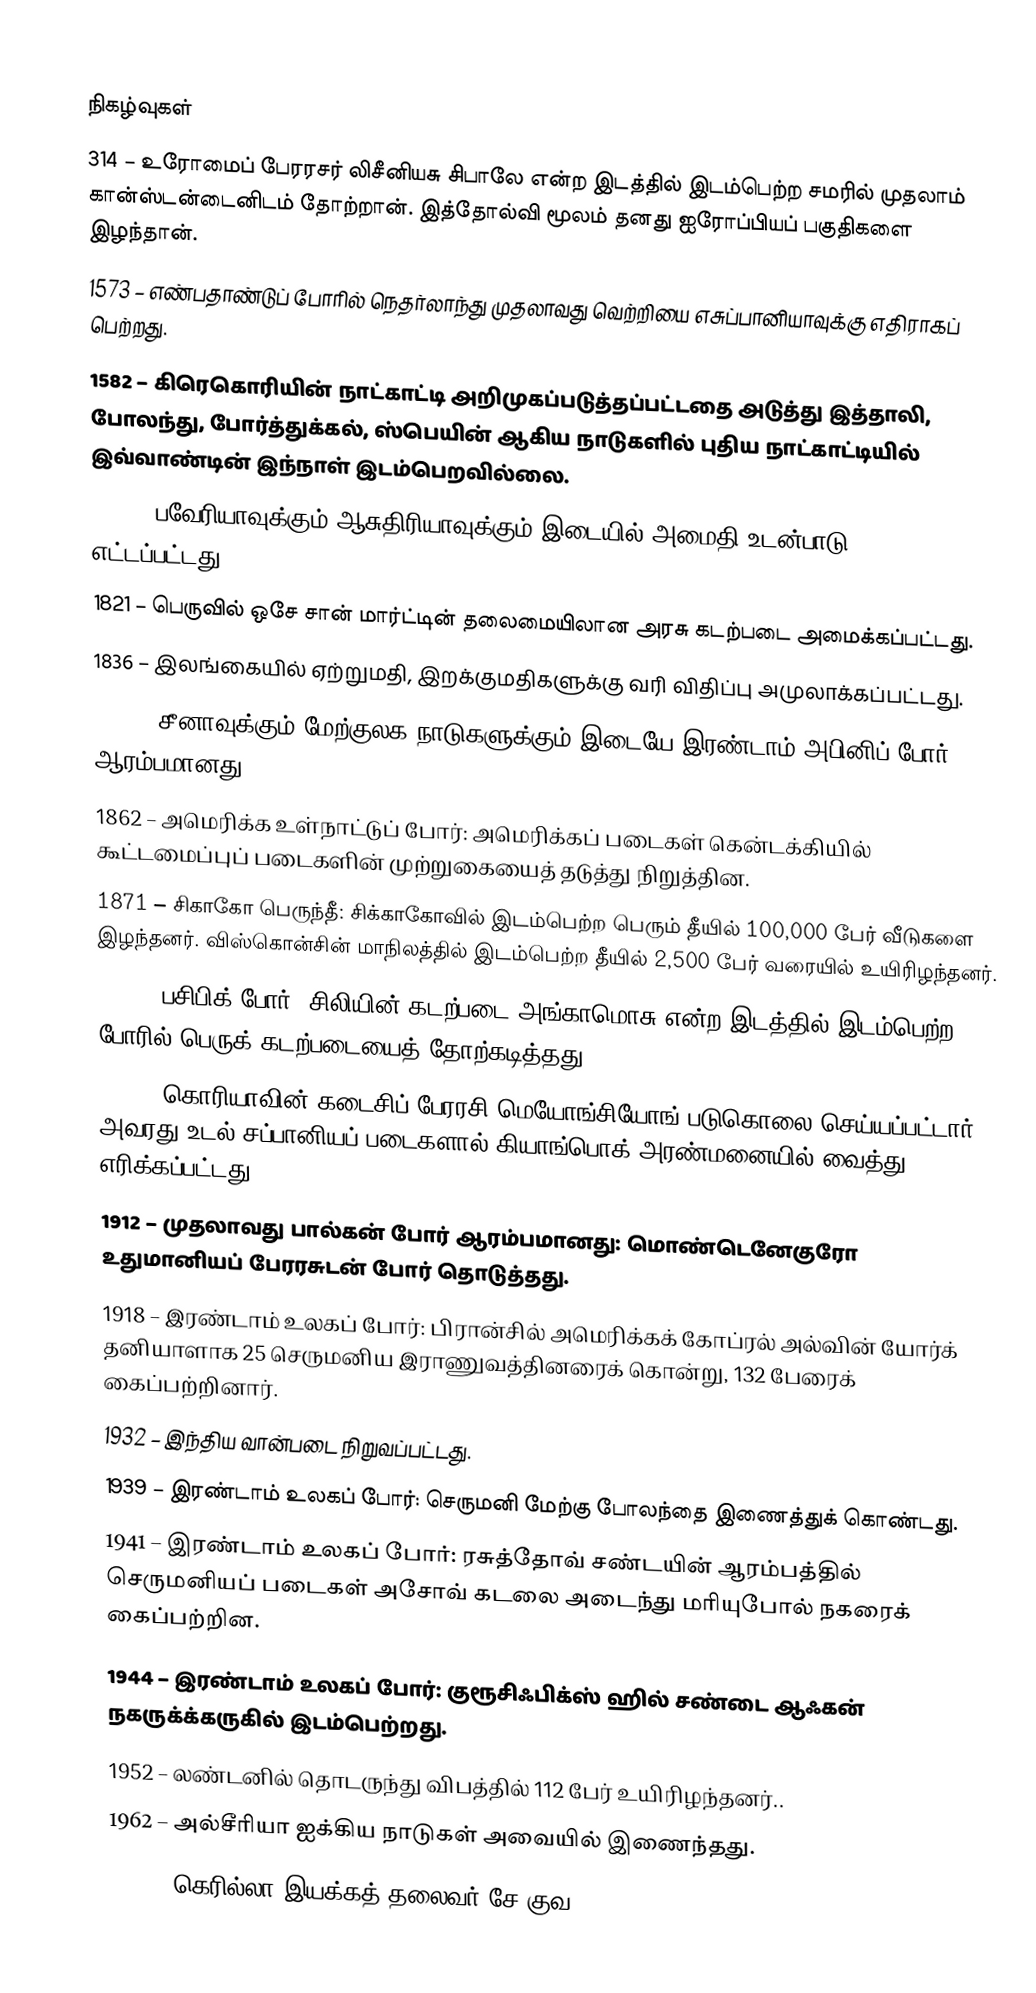

நிகழ்வுகள்
314 – உரோமைப் பேரரசர் லிசீனியசு சிபாலே என்ற இடத்தில் இடம்பெற்ற சமரில் முதலாம் கான்ஸ்டன்டைனிடம் தோற்றான். இத்தோல்வி மூலம் தனது ஐரோப்பியப் பகுதிகளை இழந்தான்.
1573 – எண்பதாண்டுப் போரில் நெதர்லாந்து முதலாவது வெற்றியை எசுப்பானியாவுக்கு எதிராகப் பெற்றது.
1582 – கிரெகொரியின் நாட்காட்டி அறிமுகப்படுத்தப்பட்டதை அடுத்து இத்தாலி, போலந்து, போர்த்துக்கல், ஸ்பெயின் ஆகிய நாடுகளில் புதிய நாட்காட்டியில் இவ்வாண்டின் இந்நாள் இடம்பெறவில்லை.
1813 – பவேரியாவுக்கும் ஆசுதிரியாவுக்கும் இடையில் அமைதி உடன்பாடு எட்டப்பட்டது.
1821 – பெருவில் ஒசே சான் மார்ட்டின் தலைமையிலான அரசு கடற்படை அமைக்கப்பட்டது.
1836 – இலங்கையில் ஏற்றுமதி, இறக்குமதிகளுக்கு வரி விதிப்பு அமுலாக்கப்பட்டது.
1856 – சீனாவுக்கும் மேற்குலக நாடுகளுக்கும் இடையே இரண்டாம் அபினிப் போர் ஆரம்பமானது.
1862 – அமெரிக்க உள்நாட்டுப் போர்: அமெரிக்கப் படைகள் கென்டக்கியில் கூட்டமைப்புப் படைகளின் முற்றுகையைத் தடுத்து நிறுத்தின.
1871 – சிகாகோ பெருந்தீ: சிக்காகோவில் இடம்பெற்ற பெரும் தீயில் 100,000 பேர் வீடுகளை இழந்தனர். விஸ்கொன்சின் மாநிலத்தில் இடம்பெற்ற தீயில் 2,500 பேர் வரையில் உயிரிழந்தனர்.
1879 – பசிபிக் போர்: சிலியின் கடற்படை அங்காமொசு என்ற இடத்தில் இடம்பெற்ற போரில் பெருக் கடற்படையைத் தோற்கடித்தது.
1895 – கொரியாவின் கடைசிப் பேரரசி மெயோங்சியோங் படுகொலை செய்யப்பட்டார். அவரது உடல் சப்பானியப் படைகளால் கியாங்பொக் அரண்மனையில் வைத்து எரிக்கப்பட்டது.
1912 – முதலாவது பால்கன் போர் ஆரம்பமானது: மொண்டெனேகுரோ உதுமானியப் பேரரசுடன் போர் தொடுத்தது.
1918 – இரண்டாம் உலகப் போர்: பிரான்சில் அமெரிக்கக் கோப்ரல் அல்வின் யோர்க் தனியாளாக 25 செருமனிய இராணுவத்தினரைக் கொன்று, 132 பேரைக் கைப்பற்றினார்.
1932 – இந்திய வான்படை நிறுவப்பட்டது.
1939 – இரண்டாம் உலகப் போர்: செருமனி மேற்கு போலந்தை இணைத்துக் கொண்டது.
1941 – இரண்டாம் உலகப் போர்: ரசுத்தோவ் சண்டயின் ஆரம்பத்தில் செருமனியப் படைகள் அசோவ் கடலை அடைந்து மரியுபோல் நகரைக் கைப்பற்றின.
1944 – இரண்டாம் உலகப் போர்: குரூசிஃபிக்ஸ் ஹில் சண்டை ஆஃகன் நகருக்க்கருகில் இடம்பெற்றது.
1952 – லண்டனில் தொடருந்து விபத்தில் 112 பேர் உயிரிழந்தனர்..
1962 – அல்சீரியா ஐக்கிய நாடுகள் அவையில் இணைந்தது.
1967 – கெரில்லா இயக்கத் தலைவர் சே குவ